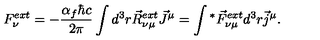
F _ { \nu } ^ { e x t } = - \frac { \alpha _ { f } \hbar c } { 2 \pi } \int d ^ { 3 } r \vec { R } _ { \nu \mu } ^ { e x t } \vec { J } ^ { \mu } = \int { ^ * } \vec { F } _ { \nu \mu } ^ { e x t } d ^ { 3 } r \vec { j } ^ { \mu } .